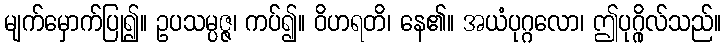
မျက်မှောက်ပြု၍။ ဥပသမ္ပဇ္ဇ၊ ကပ်၍။ ဝိဟရတိ၊ နေ၏။ အယံပုဂ္ဂလော၊ ဤပုဂ္ဂိုလ်သည်။